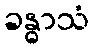
ခန္ဓာသံ